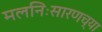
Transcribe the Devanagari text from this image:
मलनिःसारणच्या